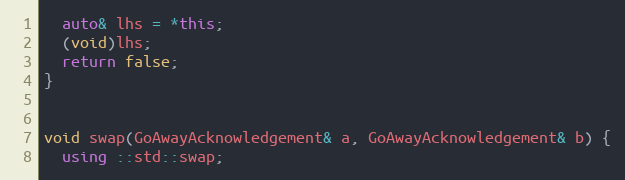
Language: C++
  auto& lhs = *this;
  (void)lhs;
  return false;
}

void swap(GoAwayAcknowledgement& a, GoAwayAcknowledgement& b) {
  using ::std::swap;